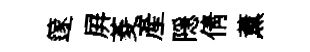
篴屛菱產隠倩薰